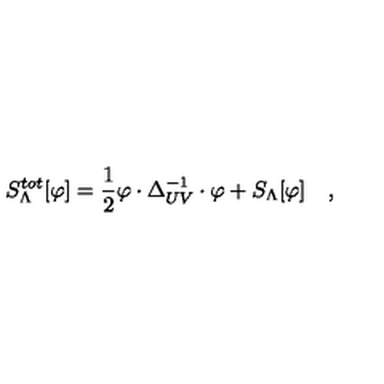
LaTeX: S _ { \Lambda } ^ { t o t } [ \varphi ] = { \frac { 1 } { 2 } } \varphi \cdot { \Delta _ { U V } ^ { - 1 } } \cdot \varphi + S _ { \Lambda } [ \varphi ] \quad ,